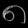
Digit: ၈